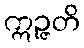
ဣဉ္ဇတိ